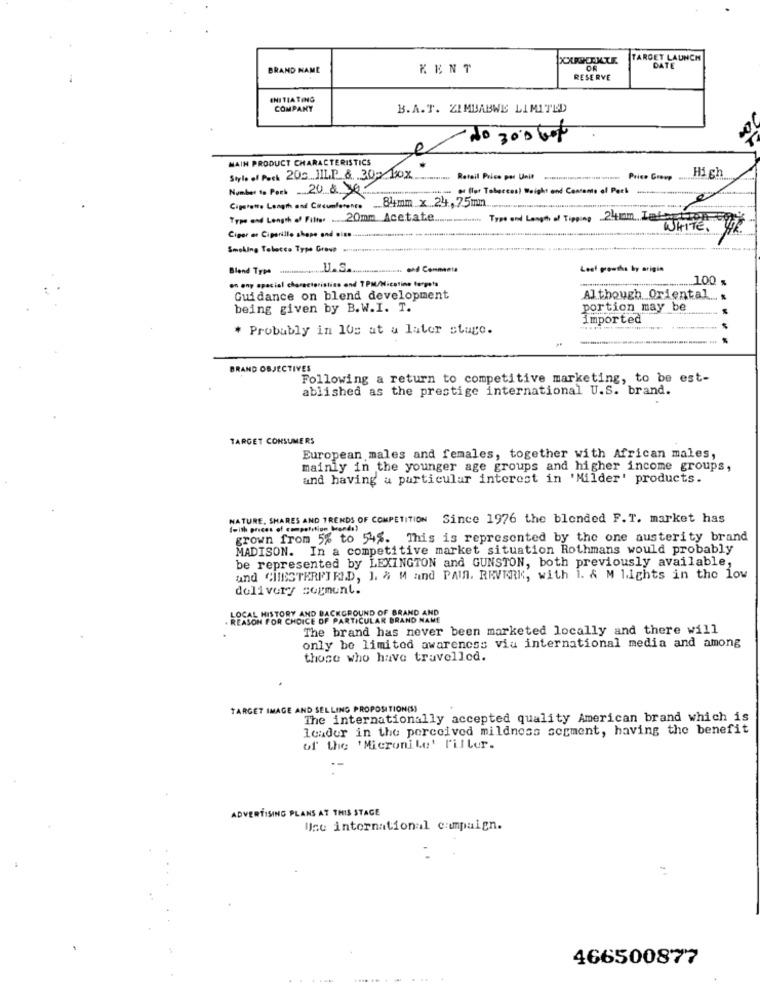
TARGET LAUNCH
BRAND NAME
KENT
DATE
RESERVE
INITIATING
COMPANY
B.A.T. ZIMBABWES LIMITED
e do 300 bot
MAIN PRODUCT CHARACTERISTICS
Style of Pork 202. .. JILP &. 30>> Fox_
Retail Price per Unit
Price Groep
High
Number to Port 20 & 30-
Haus of (lot Tobaccos) Weight and Contents of Pork
Cigarette Length and Cheeseness. 8mm x .24, 75mm
Tree and Length of Fithe. ..... 20mm. Acetate ..
Type and Length of Tipping 241am .. Jebacon
Cipor ae Ciperillo shape and ains ......
WHITE , YR
Smoking Tobacco Type Group
Blend Type
U.S.
. - Commenta
Leaf growtha by origin
.. 100 %
on ony special characteristics and TPM/Nicotine terpeta
Guidance on blend development
Although_ Oriental .. .
being given by B.W.I. T.
portion may be
Imported
* Probably in 10s at a later stage.
BRAND OBJECTIVES
Following a return to competitive marketing, to be est-
ablished as the prestige international U.S. brand.
TARGET CONSUMERS
European males and females, together with African males,
mainly in the younger age groups and higher income groups,
and having a particular interest in 'Milder' products.
NATURE, SHARES AND TRENDS OF COMPETITION Since 1976 the blended F.T. market has
(with proces of competition bands)
grown from 5% to 54%. This is represented by the one austerity brand
MADISON. In a competitive market situation Rothmans would probably
be represented by LEXINGTON and GUNSTON, both previously available,
and CHESTERFIELD, J. & M and PAIN. RRVERK, with i. & M lights in the low
delivery segment.
LOCAL HISTORY AND BACKGROUND OF BRAND AND
REASON FOR CHOICE OF PARTICULAR BRAND NAME
The brand has never been marketed locally and there will
only be limited awareness via international media and among
those who have travelled.
TARGET IMAGE AND SELLING PROPOSITION(S)
The internationally accepted quality American brand which is
louder in the perceived mildness serment, having the benefit
of the 'Micronile' l'iller.
ADVERTISING PLANS AT THIS STAGE
Use international campaign.
466500877